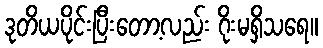
ဒုတိယပိုင်းပြီးတော့လည်း ဂိုးမရှိသရေ။